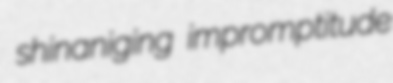
shinaniging impromptitude